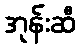
အုန်းဆီ